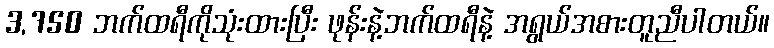
3,750 ဘက်ထရီကိုသုံးထားပြီး ဖုန်းနဲ့ဘက်ထရီနဲ့ အရွယ်အစားတူညီပါတယ်။